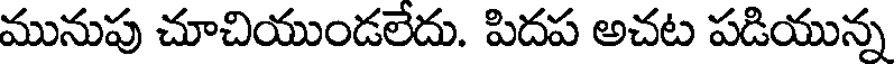
మునుపు చూచియుండలేదు. పిదప అచట పడియున్న